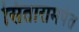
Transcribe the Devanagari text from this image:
सितारामपंत